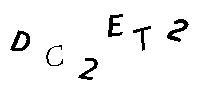
DC2ET2